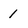
Character: 1